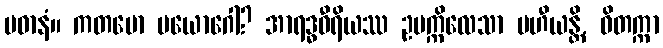
ပဓာနံ။ ကတမော ပယောဂေါ? အာရဒ္ဓဝီရိယဿ ဥပက္ကိလေသာ ပဟီယန္တိ, ဝိတက္ကာ